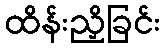
ထိန်းညှိခြင်း